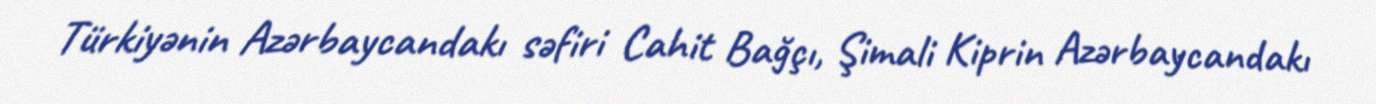
Türkiyənin Azərbaycandakı səfiri Cahit Bağçı, Şimali Kiprin Azərbaycandakı